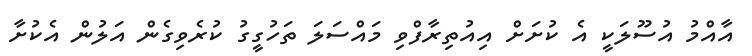
އާއްމު އުސޫލަކީ އެ ކުށަށް އިއުތިރާފްވި މައްސަލަ ތަހުގީގު ކުރެވިގެން އަލުން އެކުށާ